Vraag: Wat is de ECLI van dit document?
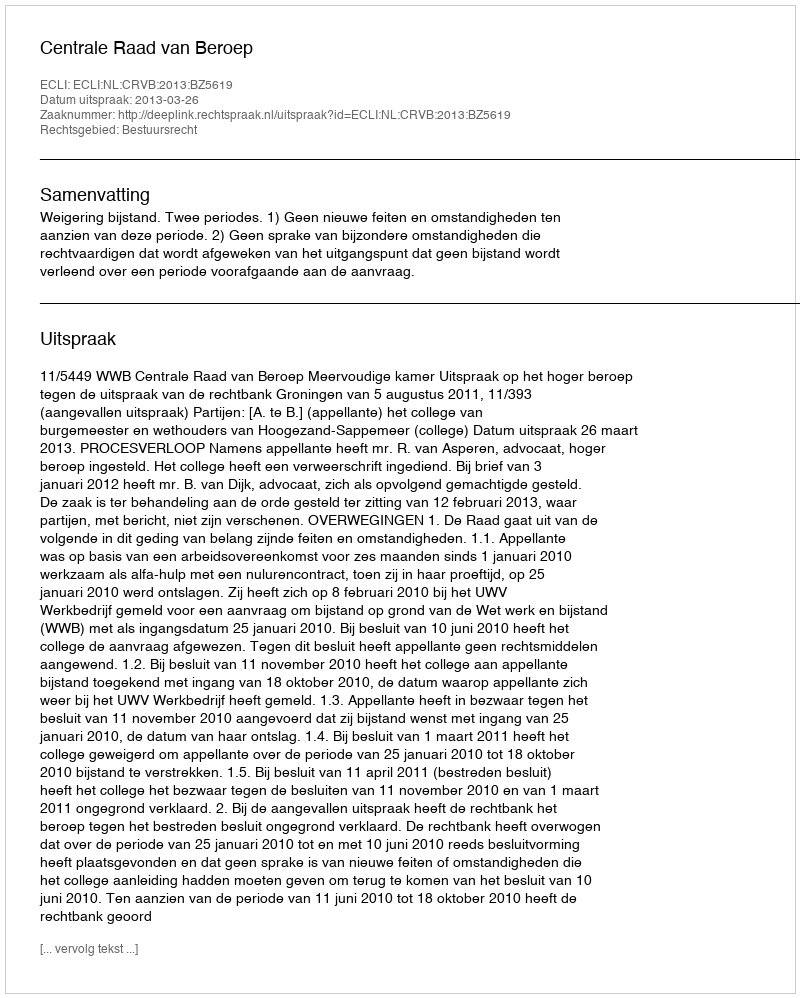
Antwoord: ECLI:NL:CRVB:2013:BZ5619